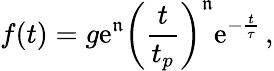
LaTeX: f(t)=g\mathrm{e}^{\mathfrak{n}}\left(\frac{{t}}{{t_{p}}}\right)^{\mathfrak{n}}\mathrm{e}^{-\frac{{t}}{{\tau}}}\, ,